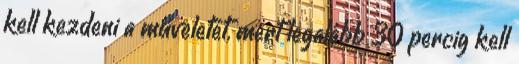
kell kezdeni a műveletet, mert legalább 30 percig kell